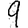
Digit: 9